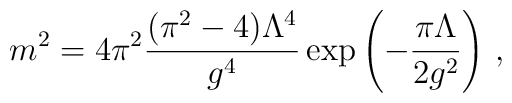
{m^2 = {4\pi^2} \frac{(\pi^2-4)\Lambda^4}{g^4}\exp\left(-\frac{\pi\Lambda }{2g^2}\right)}\ ,